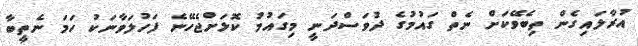
އުރާލައިގެން ތިބެވޭކަށް ނެތް ގައުމުގެ ދުވަސްދަނީ މިގައުމު ކޮޅަށްޖެހޭނެ ފަހުލަވާނަކު ހަމަ ނެތީބާ